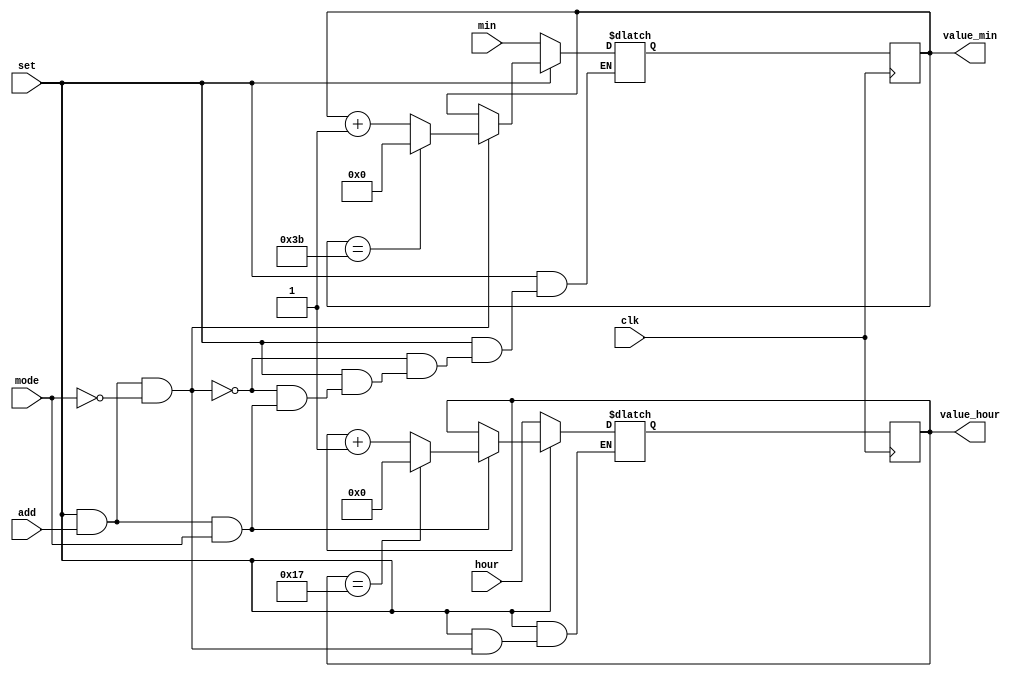
module SETTING(min, hour, set, add, value_min, mode, value_hour, clk);
    input [5:0]min;
    input [4:0]hour;
    input set;
    input add;
    input mode;
    input clk;
    output reg [5:0]value_min;
    output reg [4:0]value_hour;
    reg [5:0]value_min_temp;
    reg [4:0]value_hour_temp;
    
    always@*
        if (~set) begin
            value_min_temp = min;
            value_hour_temp = hour;
        end
        else if (set && add && mode == 0)
            if (value_min == 6'd59) value_min_temp = 0;
            else value_min_temp = value_min + 1'b1;
        else if (set && add && mode)
            if (value_hour == 5'd23) value_hour_temp = 0;
            else value_hour_temp = value_hour + 1'b1;
        else begin
            value_min_temp = value_min;
            value_hour_temp = value_hour;
        end
        
    always@(posedge clk) begin
        value_min = value_min_temp;
        value_hour = value_hour_temp;
    end
    
endmodule